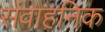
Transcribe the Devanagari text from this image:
संवाहनिक